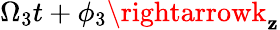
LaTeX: \Omega_{3}t+\phi_{3}\rightarrowk_{\mathbf{z}}